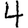
Digit: 4